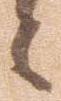
々